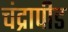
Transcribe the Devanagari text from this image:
चंद्रापीड